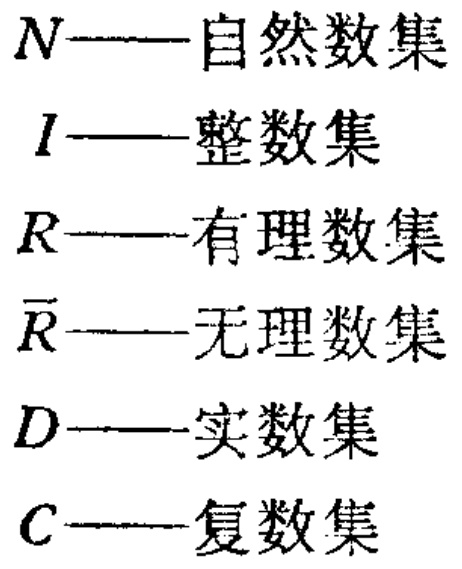
$N$——自然数集

$I$——整数集

$R$——有理数集

$\overline{R}$——无理数集

$D$——实数集

$C$——复数集